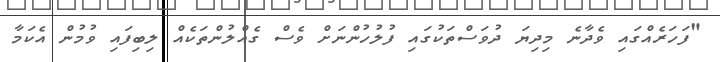
"ފަހަރެއްގައި ވެދާނެ މިދިޔަ ދުވަސްތަކުގައި ފުލުހުންނަށް ވެސް ގެއްލުންތަކެއް ލިބިފައި ވުމުން އެކަމާ